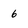
Character: 6